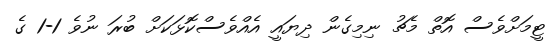
ޓީމަށްވެސް އޮތް މެޗު ނިމިގެން ދިޔައީ އެއްވެސްކޮޅަކަށް ބުރަ ނުވެ 1-1 ގެ